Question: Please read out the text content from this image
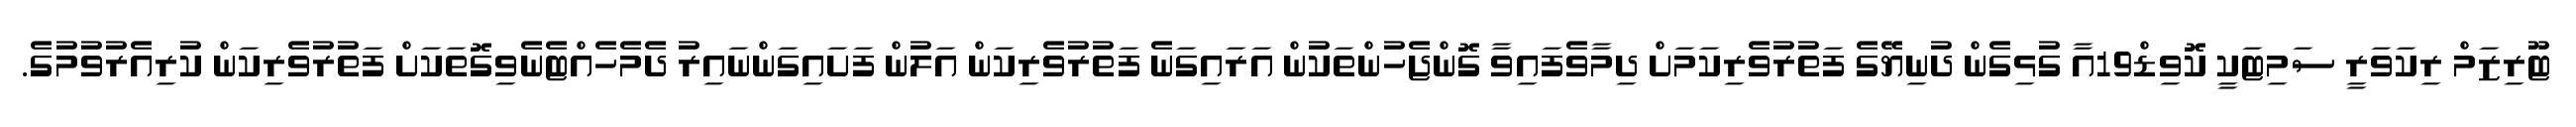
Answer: ޓޫރިޒަމް ރިކަވަރީ ސަމިޓަކީ ކޮވިޑް19އާ ގުޅިގެން ދުނިޔޭގެ ފަތުރުވެރިކަމަށް ދިމާވެފައިވާ ގޮންޖެހުންތަކުން އަރައިގަނެ ފަތުރުވެރިކަން އަލުން ފަށައިގަންނައިރު ދެމެހެއްޓެނެވިގޮތަކަށް ފަތުރުވެރިކަން ކުރިއެރުވުމުގެ.